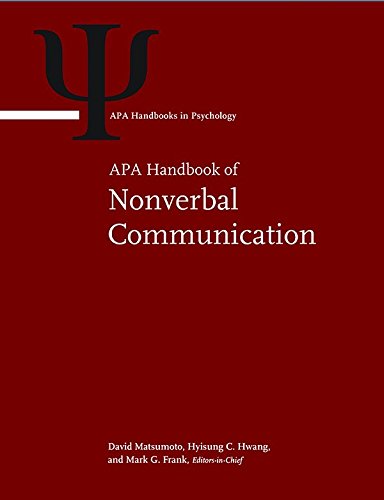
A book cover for APA Handbook of Nonverbal Communication (Apa Handbooks in Psychology); David Ricky Matsumoto; Medical Books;